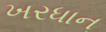
ખરધાન